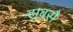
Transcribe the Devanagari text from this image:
सुबसै